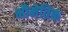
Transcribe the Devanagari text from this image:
भौमेतिक